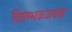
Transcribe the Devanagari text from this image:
विष्टम्भकजनक